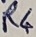
Text: R4